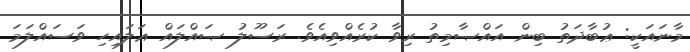
މާނައަކީ: ޢުބާދަތު ބިން އައްޞާމިތު ރިވާ ކުރެއްވިއެވެ. ރަސޫލު ޞައްލައް ޢަލައިހި ވަސައްލަމަ